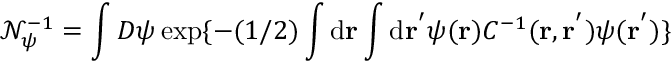
\mathcal { N } _ { \psi } ^ { - 1 } = \int D \psi \exp \{ - ( 1 / 2 ) \int \mathrm { d } \mathbf { r } \int \mathrm { d } \mathbf { r ^ { ' } } \psi ( \mathbf { r } ) C ^ { - 1 } ( \mathbf { r } , \mathbf { r ^ { ' } } ) \psi ( \mathbf { r ^ { ' } } ) \}